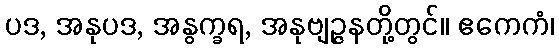
ပဒ, အနုပဒ, အနွက္ခရ, အနုဗျဉ္ဇနတို့တွင်။ ဧကေကံ၊